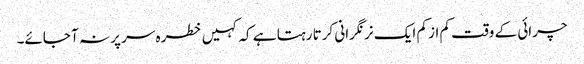
چرائی کے وقت کم از کم ایک نر نگرانی کرتا رہتا ہے کہ کہیں خطرہ سر پر نہ آ جائے۔